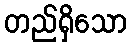
တည်ရှိသော